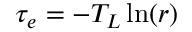
\tau _ { e } = - T _ { L } \ln ( r )